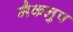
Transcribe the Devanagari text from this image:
मैकलुप